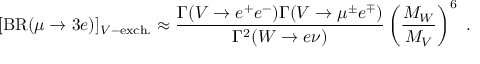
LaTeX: [ \mathrm { B R } ( \mu \to 3 e ) ] _ { V - \mathrm { e x c h . } } \approx \frac { \Gamma ( V \to e ^ { + } e ^ { - } ) \Gamma ( V \to \mu ^ { \pm } e ^ { \mp } ) } { \Gamma ^ { 2 } ( W \to e \nu ) } \left( \frac { M _ { W } } { M _ { V } } \right) ^ { 6 } ~ .